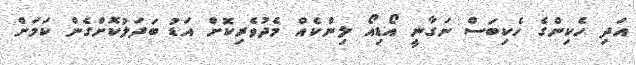
އަދި ހެކިންގެ ހެކިބަސް ނަގާނީ އޯޑިއޯ ލިންކެއް މެދުވެރިކޮށް އަޑު ބަދަލުކޮށްގެން ކަމަށް